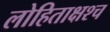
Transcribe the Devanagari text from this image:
लोहिताक्षश्च